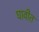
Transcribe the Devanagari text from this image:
घावीत